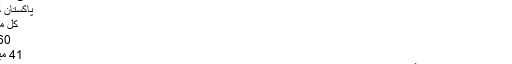
ٹی ٹوئنٹی کرکٹ
پاکستان کا ریکارڈ
کل میچ کھیلے
60 میں فاتح
41 میں شکست
پہلے میچ میں اس نے نہ صرف بنگلہ دیش کو شکست دی بلکہ اس کے تین اہم کھلاڑی شاہد آفریدی، محمد حفیظ اور احمد شہزاد فارم میں واپس آئے ہیں۔